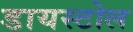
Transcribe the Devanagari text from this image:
डायस्टोल